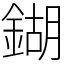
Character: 鍸